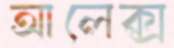
আলেক্স